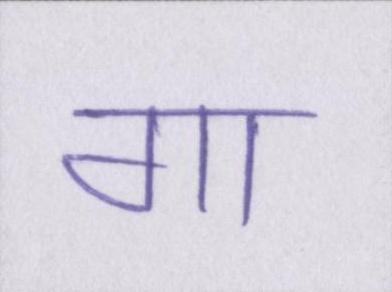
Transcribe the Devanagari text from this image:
गा